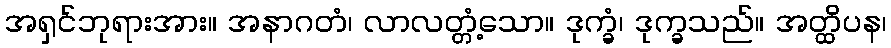
အရှင်ဘုရားအား။ အနာဂတံ၊ လာလတ္တံ့သော။ ဒုက္ခံ၊ ဒုက္ခသည်။ အတ္ထိပန၊